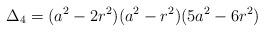
LaTeX: \begin{align*}\Delta_{4}=(a^2-2 r^2)( a^2-r^2) (5 a^2-6 r^2)\end{align*}